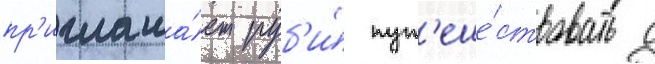
пр'иглаша́ет руб'и́ пут'еше́ствовать с